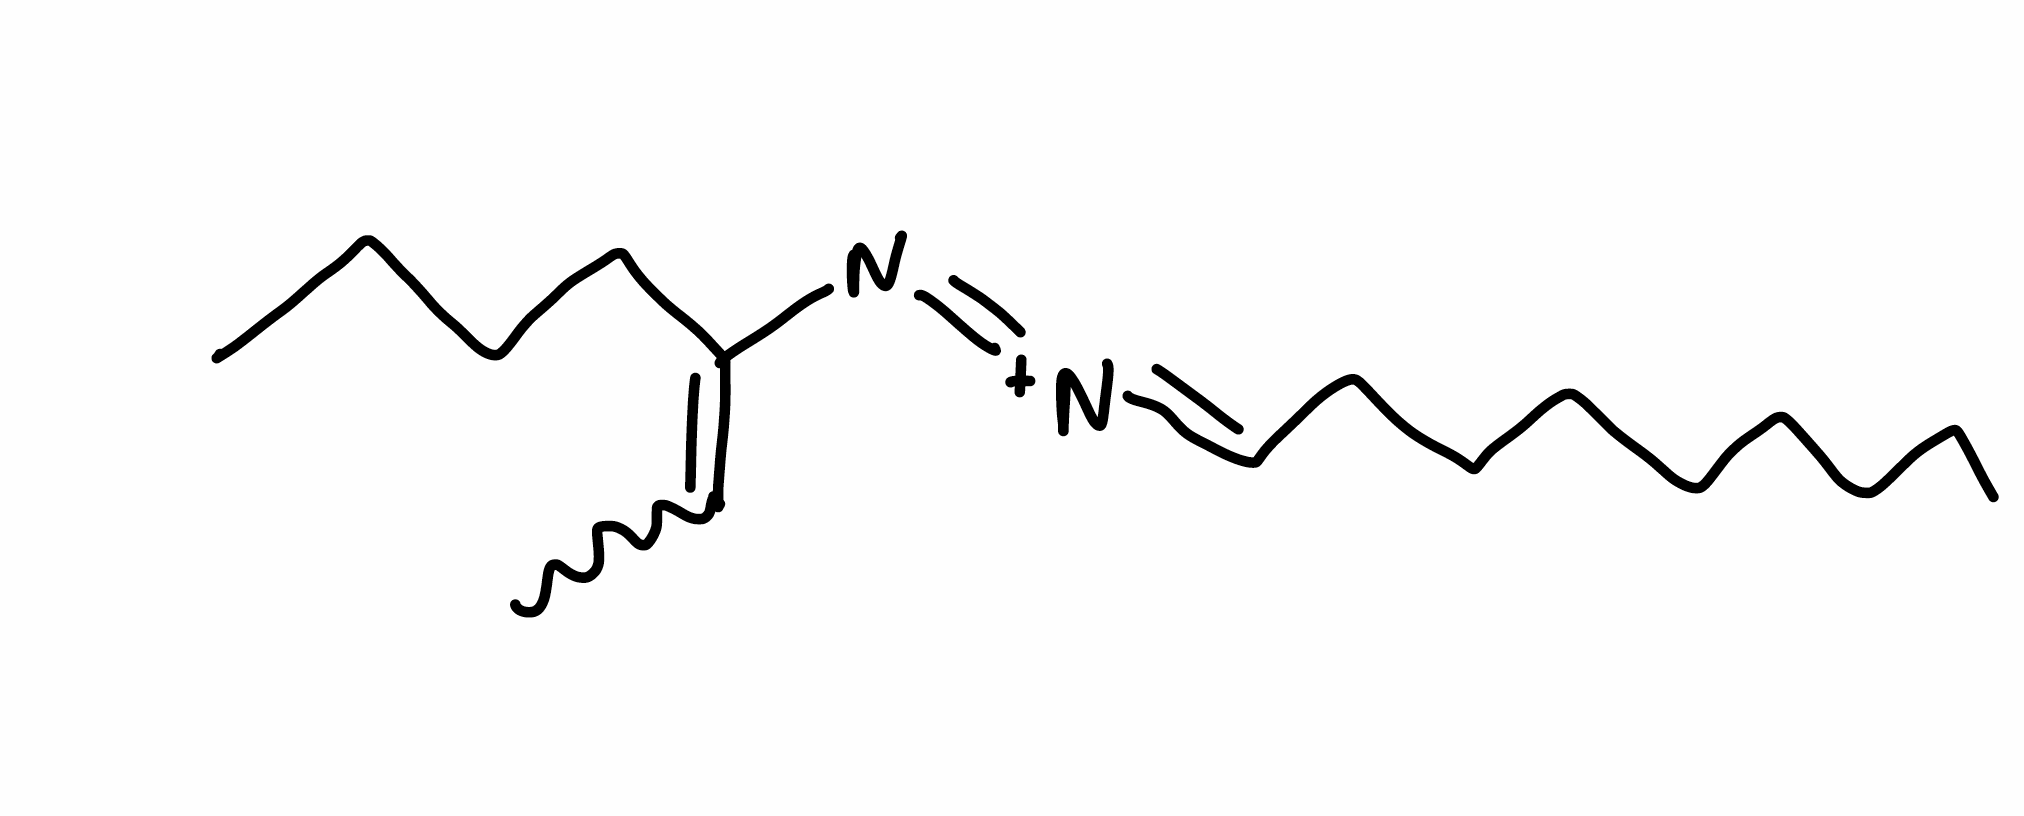
Simplified molecular-input line-entry system (SMILES) notation of the given molecule:
CCCCCCCCC=[N+]=NC(=CC)CCCC